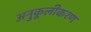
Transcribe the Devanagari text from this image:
अनुकूलीकरण